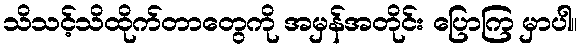
သိသင့်သိထိုက်တာတွေကို အမှန်အတိုင်း ပြောကြ မှာပါ။